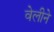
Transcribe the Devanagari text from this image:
वेलीने